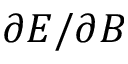
\partial E / \partial B